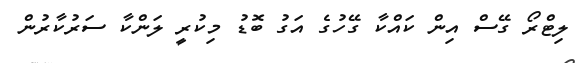
ލިޓްރޯ ގޭސް އިން ކައްކާ ގޭހުގެ އަގު ބޮޑު މިކުރީ ލަންކާ ސަރުކާރުން